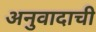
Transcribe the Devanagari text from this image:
अनुवादाची